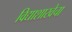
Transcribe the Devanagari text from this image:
विद्याशाखेचा